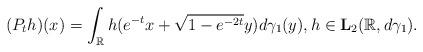
LaTeX: \begin{align*}(P_th)(x)=\int_{\mathbb R}h(e^{-t}x+\sqrt{1-e^{-2t}}y)d\gamma_1(y),h\in\mathbf L_2(\mathbb R,d\gamma_1).\end{align*}